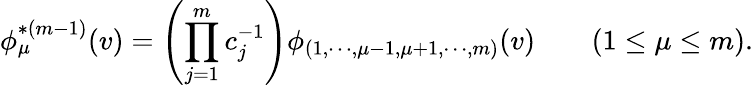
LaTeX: \phi_{\mu}^{*(m-1)}(v)=\left(\prod_{j=1}^{m}c_{j}^{-1}\right)\phi_{(1,\cdots,\mu-1,\mu+1,\cdots,m)}(v)\qquad(1\le\mu\le m).